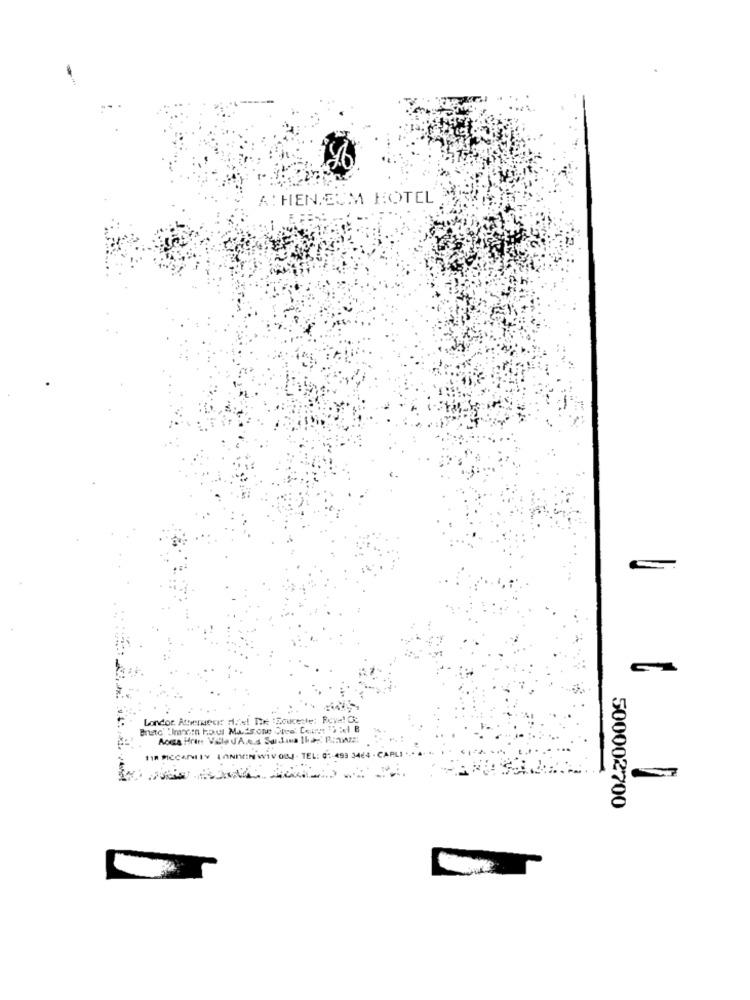
A: HEN.EUM HOTEL
London Atherwear die! The :Soucegle: Rove C:
Aoca Hran Vele d'A.e.s Sur dina 1ha -: Piazz!
118 PICCANTIY LANDEN WIV OBJ . TEL: G
493 34
4 - CAPLI
500002700